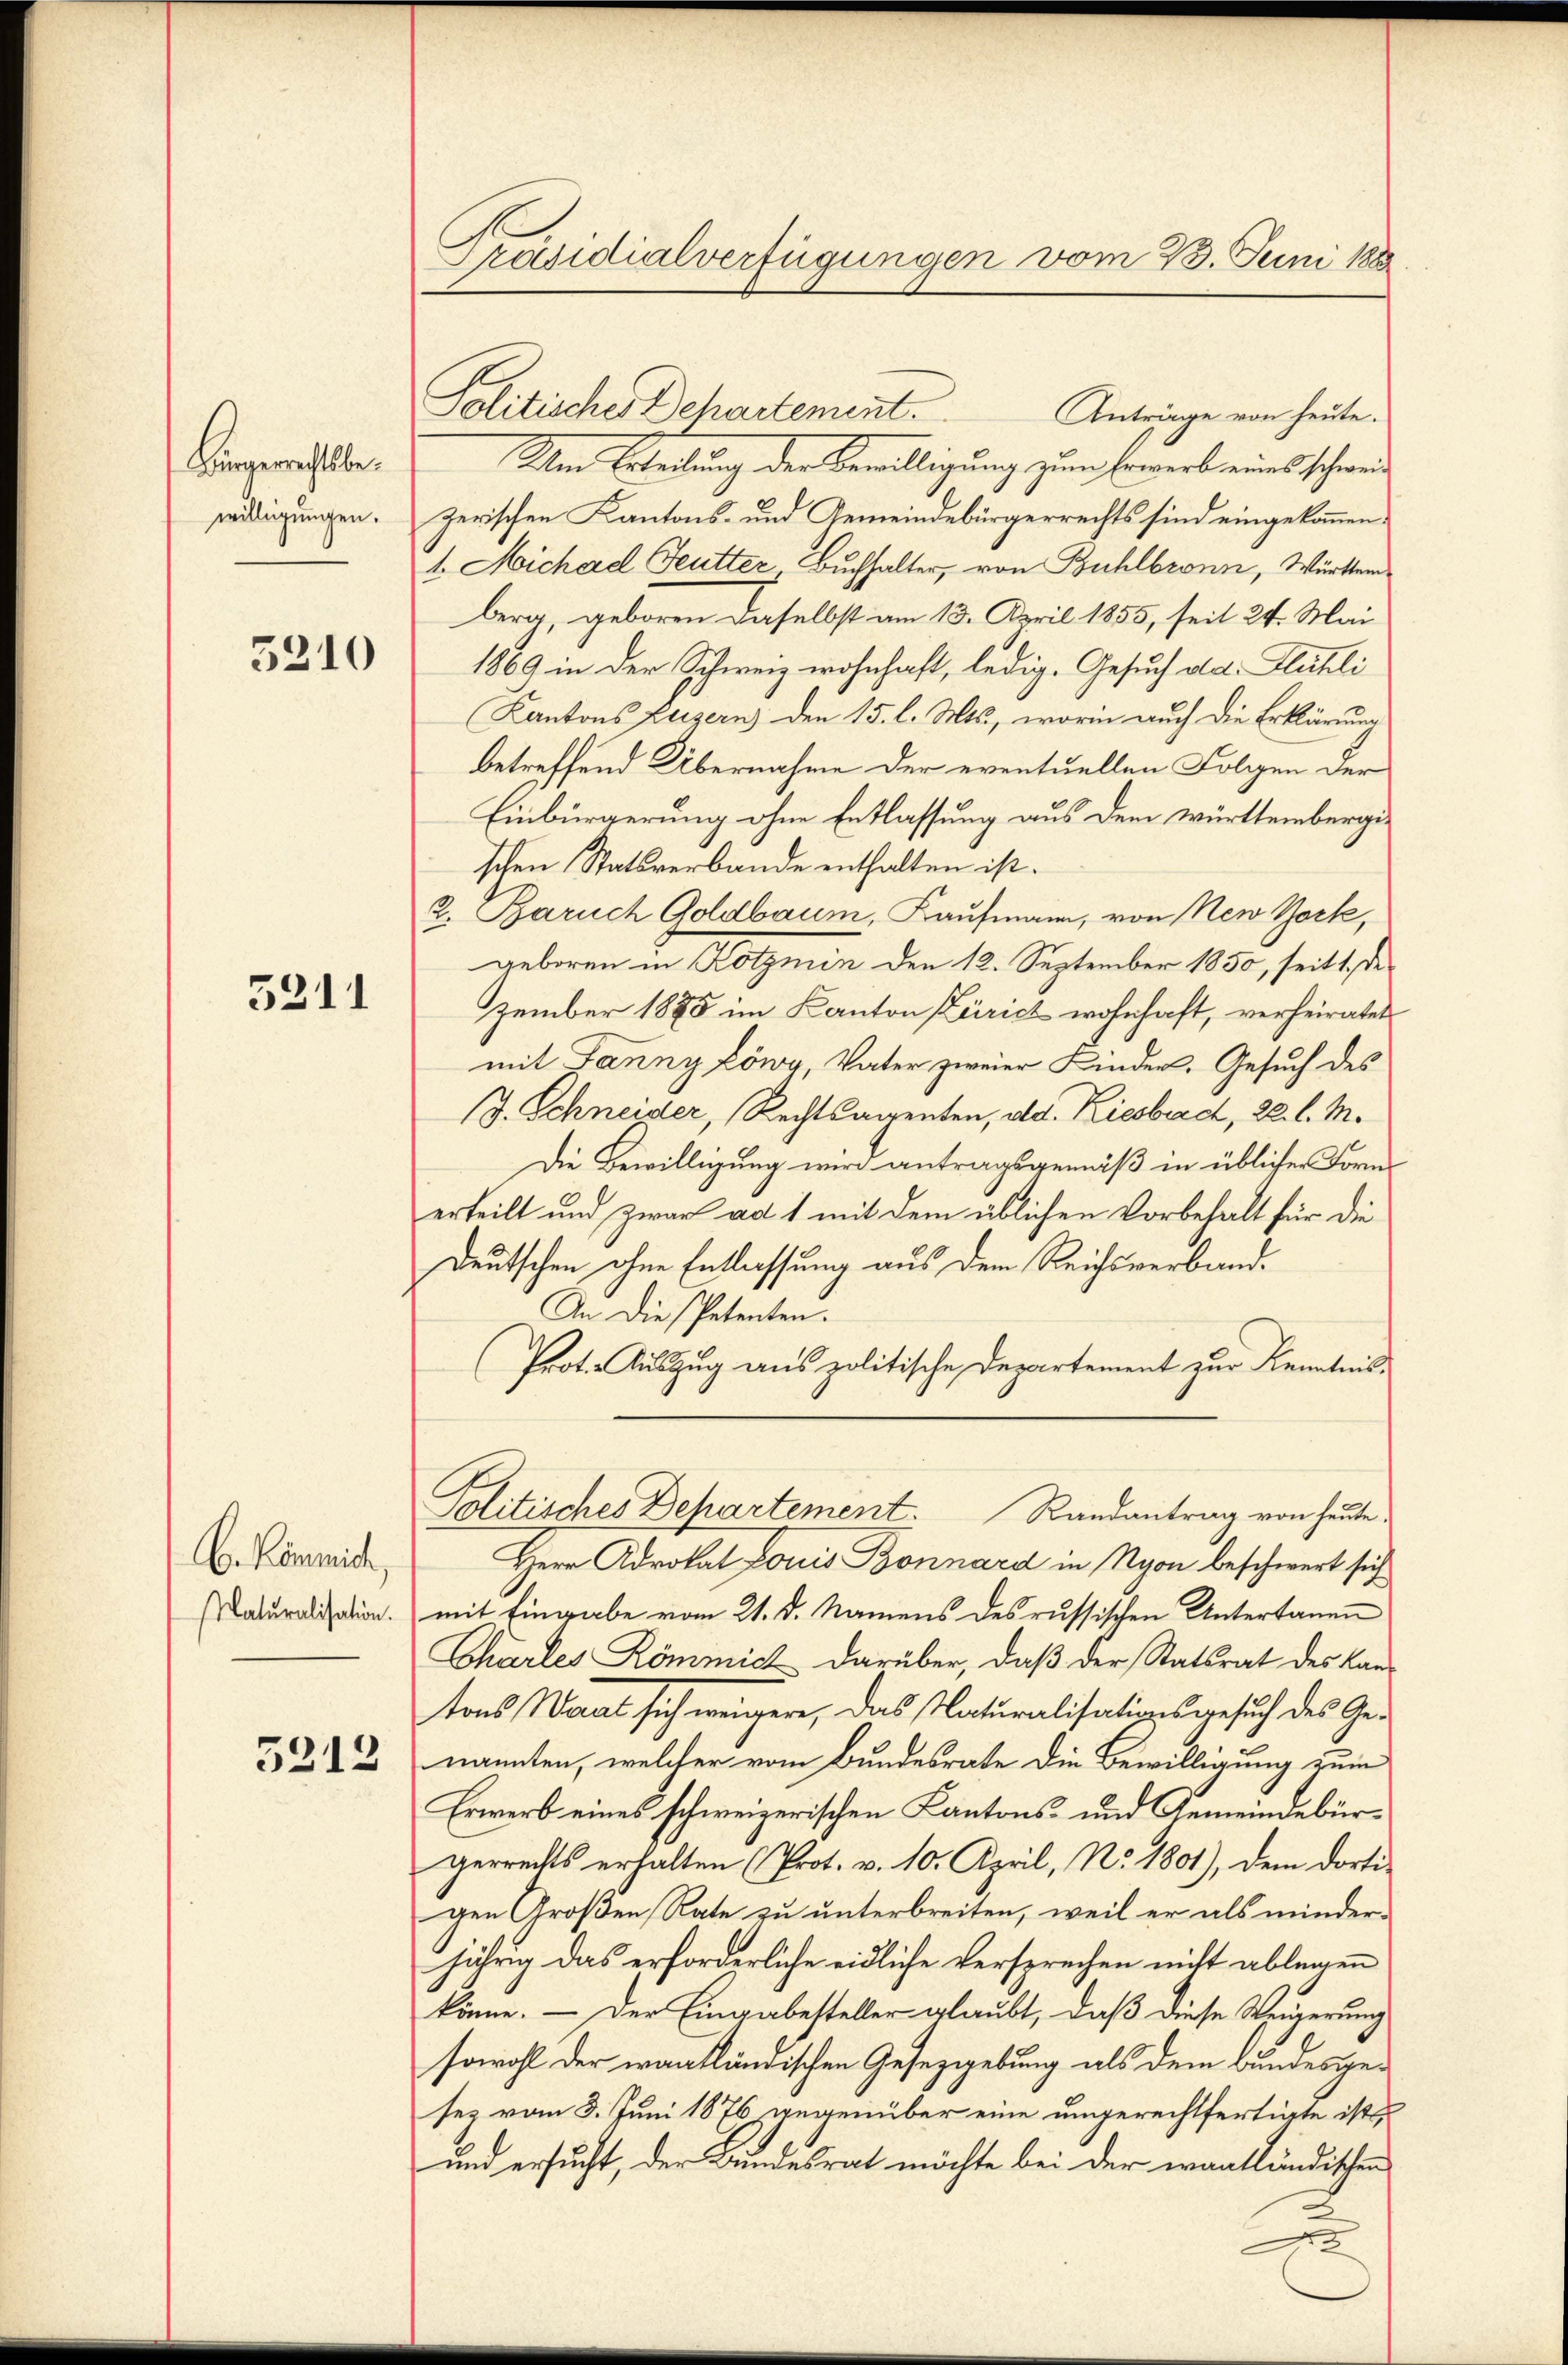
Bürgerrechtsbewilligungen.

5210

5211

C. Kömmich
Naturalisation.

3212

Präsidialverfügungen vom 28. Juni 1888

Politisches Departement.

Anträge von heute.
Um Erleitung der Bewilligung zum Erwerb eines schweizerischen Kantons- und Gemeindebürgerrechts sind eingekommen.
1. Michael Feutter Buchhalter, von Bühlbronn, Württemberg, geboren daselbst am 13. April 1855, seit 24. Mai
1869 in der Schweiz wohnhaft, ledig. Gesuch aldt. Flühli
Kantons Luzern) den 15. l. Mts., worin auch die Erklärung
betreffend Übernahme der eventuellen Folgen der
Einbürgerung ohne Entlassung aus dem württembergischen Statsverbande enthalten ist.
2. Baruch Goldbaum, Kaufmann, von New York,
geboren in Kotzmin den 12. September 1850, seit 1. De
zember 1885 im Kanton Zürich wohnhaft, verheiratet
mit Fanny Löwy, Vater zweier Kinder, Gesuch des
J. Schneider, Rechtsagenten, ad. Riesbad, 22. l. M.
Die Bewilligung wird antragsgemäß in üblicher Form
erteilt und zwar ad 1 mit dem üblichen Vorbehalt für die
Deutschen ohne Entlassung aus dem Reichsverband¬
An die Petenten.
Prot. Auszug aus politische Departement zur Kenntnis-
Politisches Departement. Randantrag von heute
Herr Advokat Louis Bonnard in Nyon beschwert sich
mit Eingabe vom 21. d. Namens des russischen Untertanen
Chartes Römmich darüber, daß der Statsrat des Kantons Warat sich weigere, das Naturalisationsgesuch des Genannten, welcher vom Bundesrate die Bewilligung zum
Erwerb eines schweizerischen Kantons- und Gemeindebürgerrechts erhalten (Prot. v. 10. April, No. 1801), dem dorti-
gen Großen Rate zu unterbreiten, weil er als minderjährig das erforderliche eidliche Versprechen nicht ablegen
könne. — Der Eingabesteller glaubt, daß diese Weigerung
sowohl der wantländischen Gesetzgebung als dem Bundesgesez vom 5. Juni 1876 gegenüber eine ungerechtfertigte ist
und ersucht, der Bundesrat möchte bei der wantländischen
x